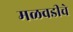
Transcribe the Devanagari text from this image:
मळवडीचे